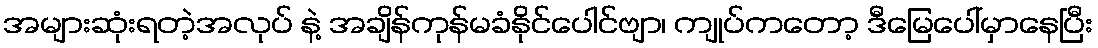
အများဆုံးရတဲ့အလုပ် နဲ့ အချိန်ကုန်မခံနိုင်ပေါင်ဗျာ၊ ကျုပ်ကတော့ ဒီမြေပေါ်မှာနေပြီး